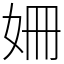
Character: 姍